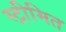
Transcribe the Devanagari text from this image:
स्ट्रीमित